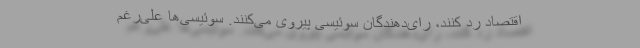
اقتصاد رد کنند، رای‌دهندگان سوئیسی پیروی می‌کنند. سوئیسی‌ها علی‌رغم